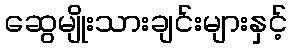
ဆွေမျိုးသားချင်းများနှင့်